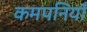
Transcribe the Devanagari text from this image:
कमपनियाँ